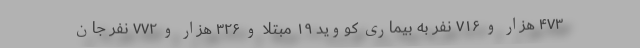
۴۷۳ هزار و ۷۱۶ نفر به بیماری کووید ۱۹ مبتلا و ۳۲۶ هزار و ۷۷۲ نفر جان